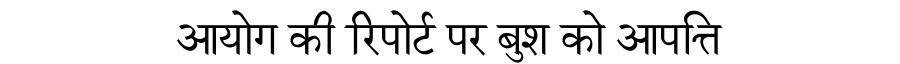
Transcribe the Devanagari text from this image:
आयोग की रिपोर्ट पर बुश को आपत्ति